Calcutta medical institutions reports 1892-1900
Year: 1892
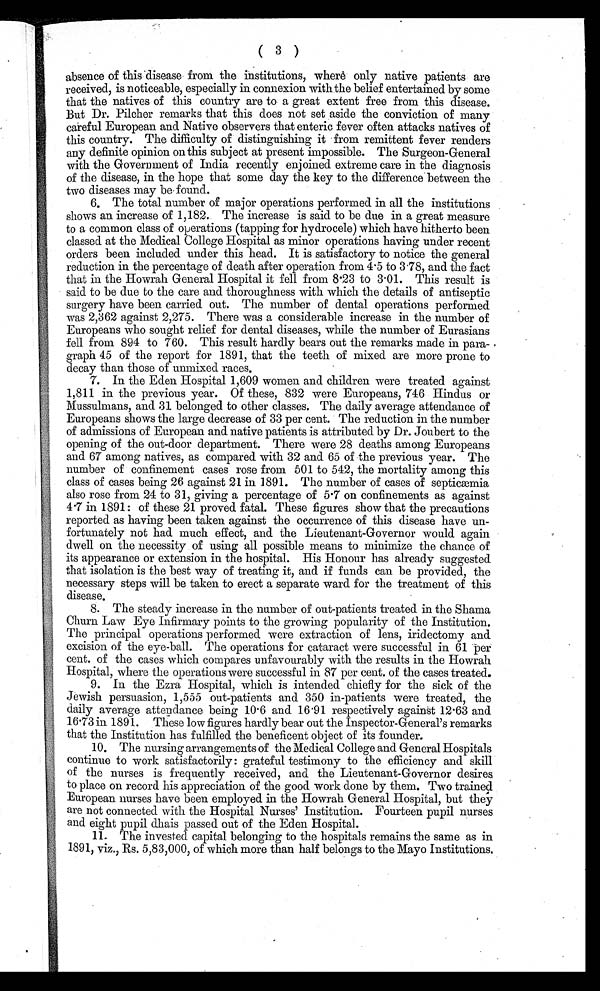
( 3 )
absence of this disease from the institutions, where only native patients are
received, is noticeable, especially in connexion with the belief entertained by some
that the natives of this country are to a great extent free from this disease.
But Dr. Pilcher remarks that this does not set aside the conviction of many
careful European and Native observers that enteric fever often attacks natives of
this country. The difficulty of distinguishing it from remittent fever renders
any definite opinion on this subject at present impossible. The Surgeon-General
with the Government of India recently enjoined extreme care in the diagnosis
of the disease, in the hope that some day the key to the difference between the
two diseases may be found.
6. The total number of major operations performed in all the institutions
shows an increase of 1,182. The increase is said to be due in a great measure
to a common class of operations (tapping for hydrocele) which have hitherto been
classed at the Medical College Hospital as minor operations having under recent
orders been included under this head. It is satisfactory to notice the general
reduction in the percentage of death after operation from 4.5 to 3.78, and the fact
that in the Howrah General Hospital it fell from 8.23 to 3.01. This result is
said to be due to the care and thoroughness with which the details of antiseptic
surgery have been carried out. The number of dental operations performed
was 2,362 against 2,275. There was a considerable increase in the number of
Europeans who sought relief for dental diseases, while the number of Eurasians
fell from 894 to 760. This result hardly bears out the remarks made in para-
graph 45 of the report for 1891, that the teeth of mixed are more prone to
decay than those of unmixed races.
7. In the Eden Hospital 1,609 women and children were treated against
1,811 in the previous year. Of these, 832 were Europeans, 746 Hindus or
Mussulmans, and 31 belonged to other classes. The daily average attendance of
Europeans shows the large decrease of 33 per cent. The reduction in the number
of admissions of European and native patients is attributed by Dr. Joubert to the
opening of the out-door department. There were 28 deaths among Europeans
and 67 among natives, as compared. with 32 and 65 of the previous year. The
number of confinement cases rose from 501 to 542, the mortality among this
class of cases being 26 against 21 in 1891. The number of cases of septicæmia
also rose from 24 to 31, giving a percentage of 5.7 on confinements as against
4.7 in 1891: of these 21 proved fatal. These figures show that the precautions
reported as having been taken against the occurrence of this disease have un-
fortunately not had much effect, and the Lieutenant-Governor would again
dwell on the necessity of using all possible means to minimize the chance of
its appearance or extension in the hospital. His Honour has already suggested
that isolation is the best way of treating it, and if funds can be provided, the
necessary steps will be taken to erect a separate ward for the treatment of this
disease.
8. The steady increase in the number of out-patients treated in the Shama
Churn Law Eye Infirmary points to the growing popularity of the Institution.
The principal operations performed were extraction of lens, iridectomy and
excision of the eye-ball. The operations for cataract were successful in 61 per
cent. of the cases which compares unfavourably with the results in the Howrah
Hospital, where the operations were successful in 87 per cent. of the cases treated.
9. In the Ezra Hospital, which is intended chiefly for the sick of the
Jewish persuasion, 1,555 out-patients and 350 in-patients were treated, the
daily average attendance being 10.6 and 16.91 respectively against 12.63 and
16.73 in 1891. These low figures hardly bear out the Inspector-General's remarks
that the Institution has fulfilled the beneficent object of its founder.
10. The nursing arrangements of the Medical College and General Hospitals
continue to work satisfactorily: grateful testimony to the efficiency and skill
of the nurses is frequently received, and the Lieutenant-Governor desires
to place on record his appreciation of the good work done by them. Two trained
European nurses have been employed in the Howrah General Hospital, but they
are not connected with the Hospital Nurses' Institution. Fourteen pupil nurses
and eight pupil dhais passed out of the Eden Hospital.
11. The invested capital belonging to the hospitals remains the same as in,
1891, viz., Rs. 5,83,000, of which more than half belongs to the Mayo Institutions,